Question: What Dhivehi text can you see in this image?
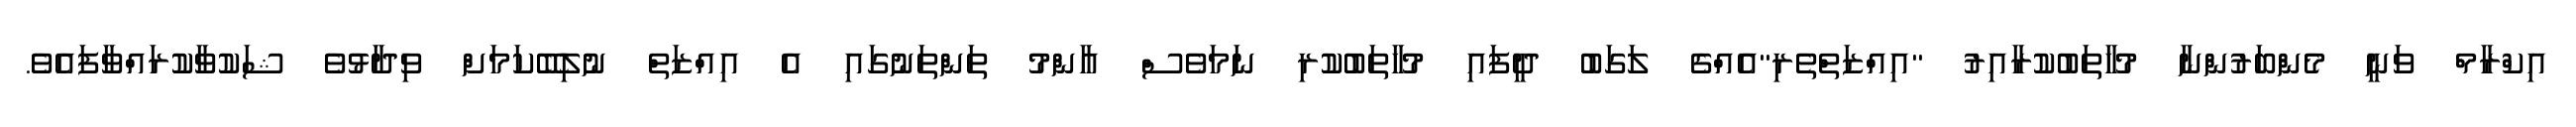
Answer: އިކްރާމް ވަނީ މެންބަރުންނާ މުހާތަބުކުރާއިރު "އިއްޒަތްތެރި"އެއްގެ ލަގަބު ދީފައި މުހާތަބުކުރި ނަމަވެސް އާންމު ތަންތަނުގައި އެ އިއްޒަތް ނުލިބޭކަމަށް ވިދާޅުވެ ޝަކުވާކުރައްވާފައެވެ.